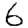
Digit: 6